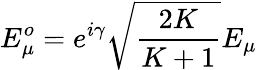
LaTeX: E_{\mu}^{o}=e^{i\gamma}\sqrt{\frac{2K}{K+1}}E_{\mu}